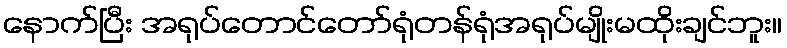
နောက်ပြီး အရုပ်တောင်တော်ရုံတန်ရုံအရုပ်မျိုးမထိုးချင်ဘူး။